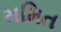
મમિત